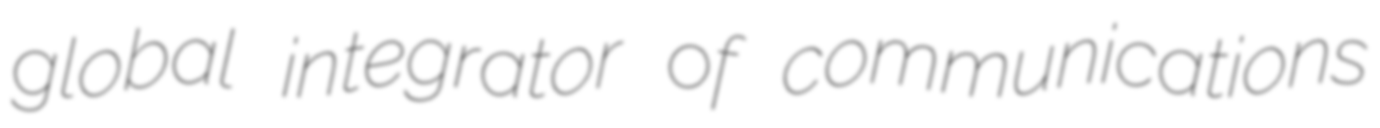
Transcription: global integrator of communications